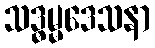
သဒ္ဓမ္မဒေသနာ